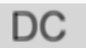
DC